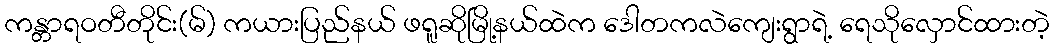
ကန္တာရဝတီတိုင်း(မ်) ကယားပြည်နယ် ဖရူဆိုမြို့နယ်ထဲက ဒေါတကလဲကျေးရွာရဲ့ ရေသိုလှောင်ထားတဲ့